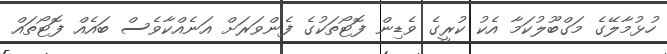
ހުޅުމާލޭގެ މަގްބޫލުކަމާ އެކު ކުރީގެ ވެޑިން ފޮޓޯތަކުގެ ފެންވަރަށް އަނެއްކާވެސް ބައެއް ފޮޓޯތައް